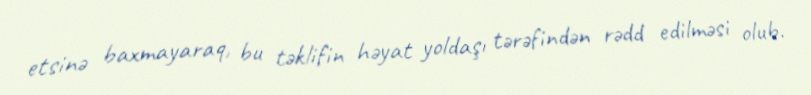
etsinə baxmayaraq, bu təklifin həyat yoldaşı tərəfindən rədd edilməsi olub.